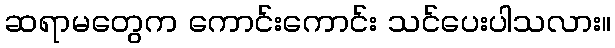
ဆရာမတွေက ကောင်းကောင်း သင်ပေးပါသလား။